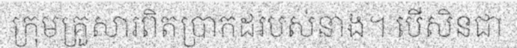
ក្រុមគ្រួសារពិតប្រាកដរបស់នាង។ បើសិនជា